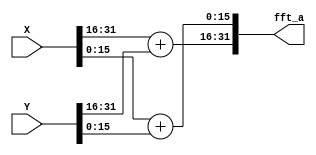
module FFT_butterfly_plus(
    input [31:0] X,Y,
    output [31:0] fft_a
);
    wire signed [15:0] X_real,Y_real,X_img,Y_img;
    assign X_real = X[31:16];
    assign Y_real = Y[31:16];
    assign X_img = X[15:0];
    assign Y_img = Y[15:0];

    
    wire signed [15:0] fft_a_real,fft_a_img;
    assign fft_a_real =  X_real + Y_real;
    assign fft_a_img =  X_img + Y_img;

    assign fft_a = {fft_a_real,fft_a_img};

endmodule